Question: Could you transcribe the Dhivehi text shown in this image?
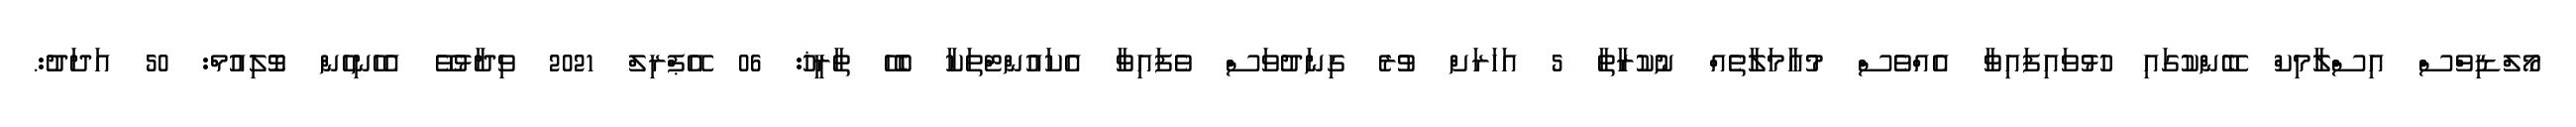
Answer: މޯލްޑިވްސް އިސްލާމިކް ބޭންކުގައި ހުޅުވައިފައިވާ އެއްވެސް މުޢާމަލާތެއް ނުކުރާތާ 5 އަހަރަށް ވުރެ ގިނަދުވަސް ވެފައިވާ އެކައުންޓްތަކާ ބެހޭ ތާރީޚު: 06 އޭޕްރިލް 2021 ވިދާޅުވޭ އެހެނިހެން ވޮލިއުމް: 50 އަދަދު:.